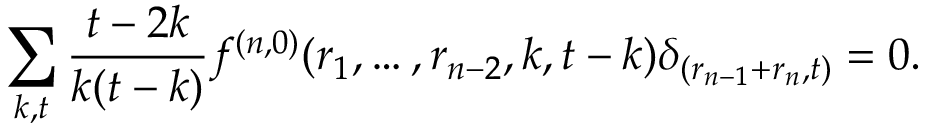
\sum _ { k , t } \frac { t - 2 k } { k ( t - k ) } f ^ { ( n , 0 ) } ( r _ { 1 } , \dots , r _ { n - 2 } , k , t - k ) \delta _ { ( r _ { n - 1 } + r _ { n } , t ) } = 0 .